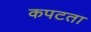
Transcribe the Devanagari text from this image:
कपटता